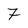
Character: 7